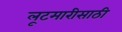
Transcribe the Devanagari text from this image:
लूटमारीसाठी